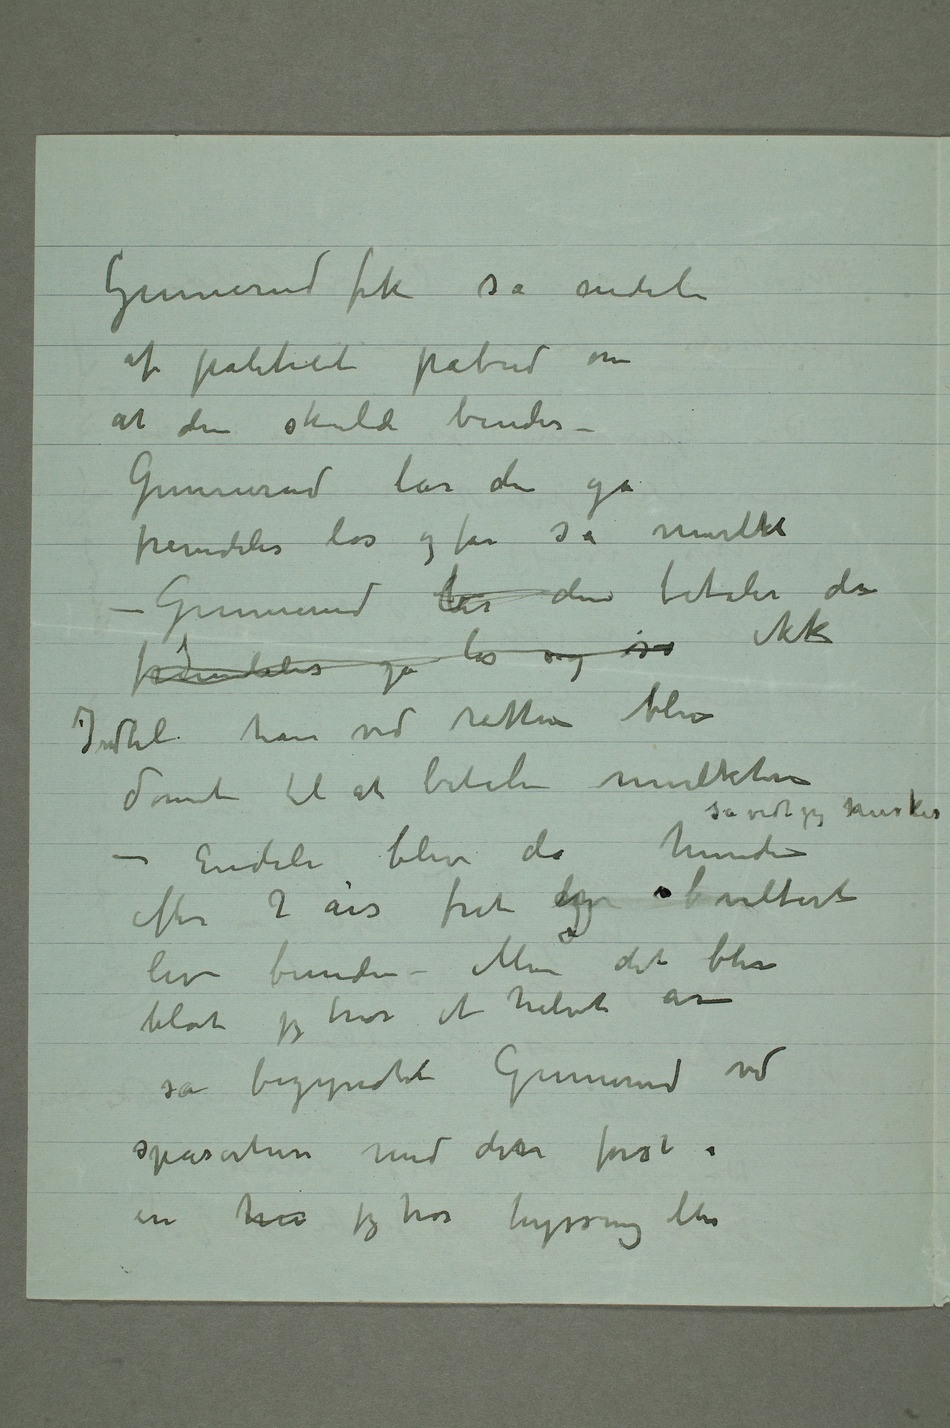
Gunnerud fik så endeli
af politiet påbud om
at den skulde bindes –
Gunnerud lar den gå
fremdeles løs og får så mulkt
– Gunnerud lar den betaler da
Indtil han ved retten blev
dømt til at betale mulkten
så vidt jeg husker
– Endeli blev da hunden
efter 2 års frit og viltert
liv bunden – Men det blev
blot jeg tror et halvt år
så begyndte Gunnerud ved
spaserturer med den først i
en hu jeg tror hyssing eller